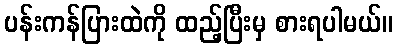
ပန်းကန်ပြားထဲကို ထည့်ပြီးမှ စားရပါမယ်။